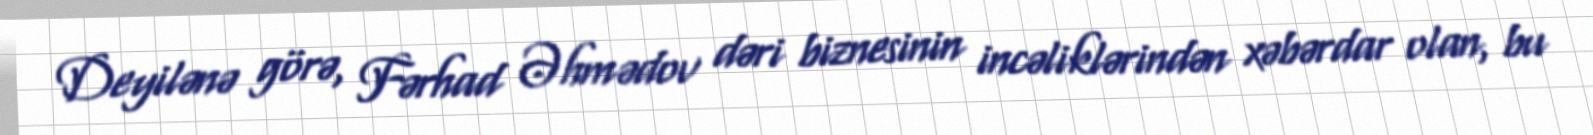
Deyilənə görə, Fərhad Əhmədov dəri biznesinin incəliklərindən xəbərdar olan, bu